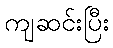
ကျဆင်းပြီး